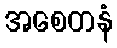
အစေတနံ